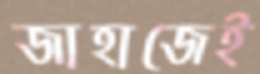
জাহাজেই